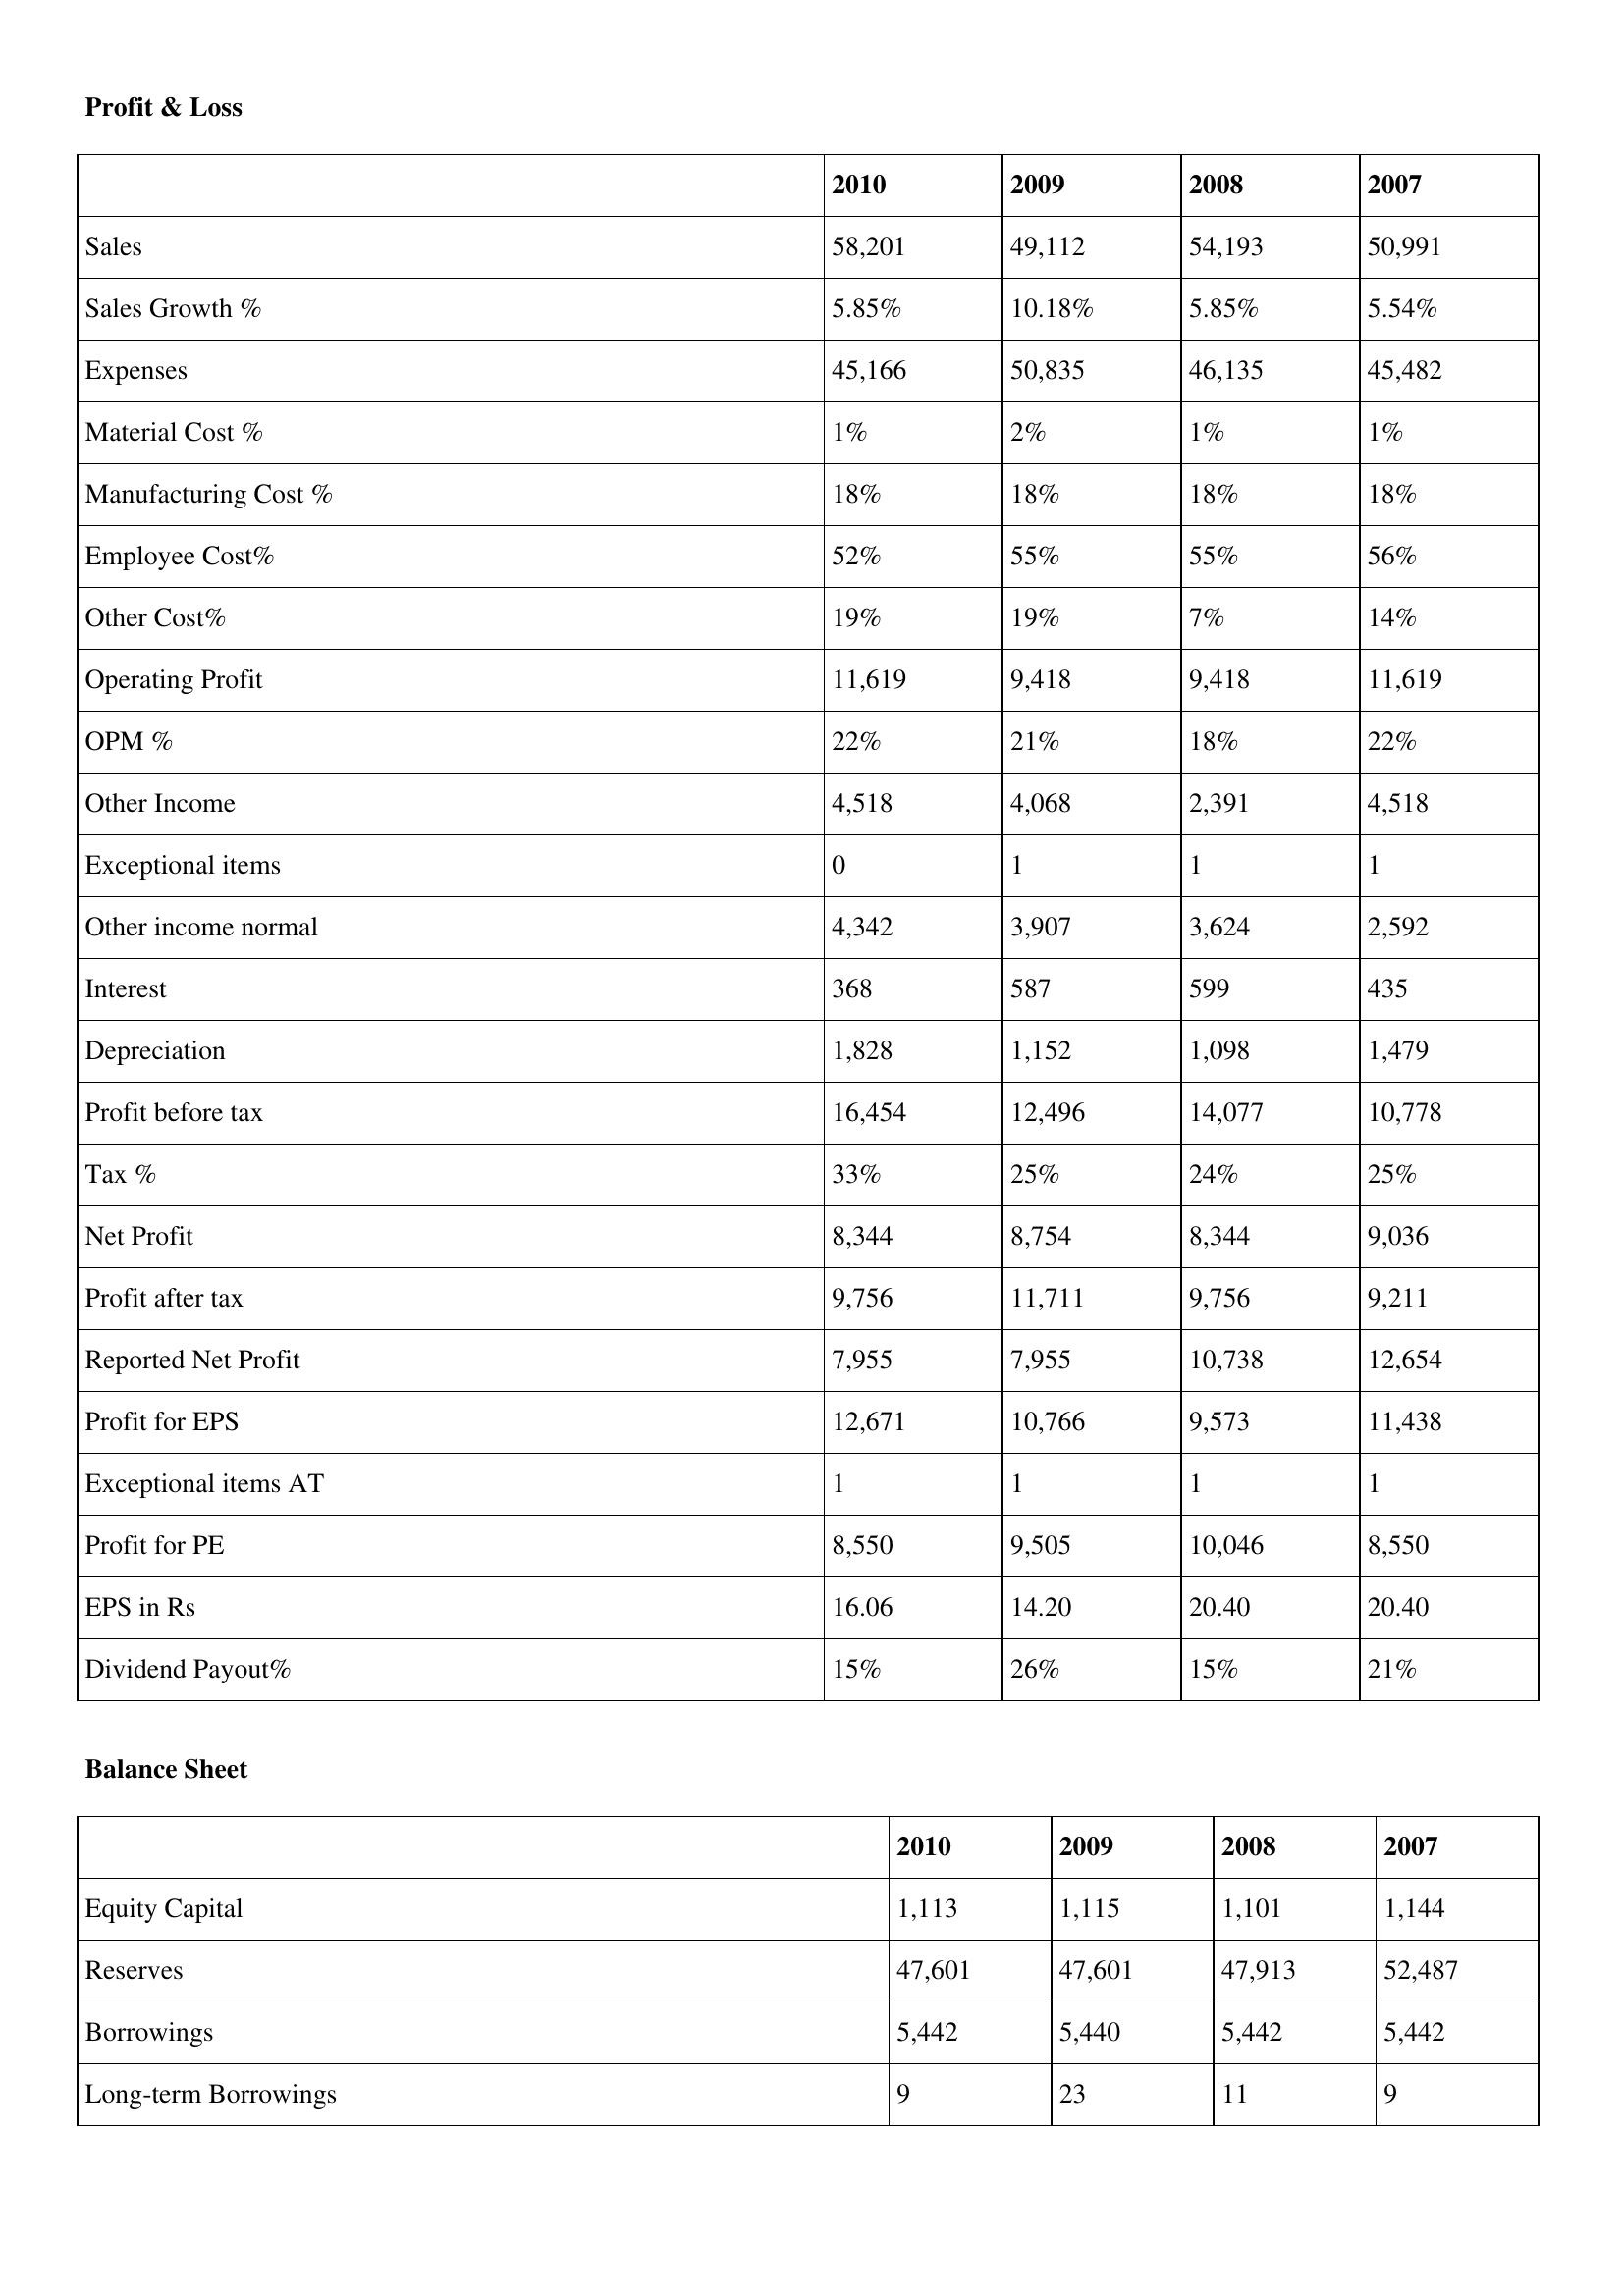
gt_parse: 2010: Profit & Loss: Sales: 58,201
Sales Growth %: 5.85%
Expenses: 45,166
Material Cost %: 1%
Manufacturing Cost %: 18%
Employee Cost%: 52%
Other Cost%: 19%
Operating Profit: 11,619
OPM %: 22%
Other Income: 4,518
Exceptional items: 0
Other income normal: 4,342
Interest: 368
Depreciation: 1,828
Profit before tax: 16,454
Tax %: 33%
Net Profit: 8,344
Profit after tax: 9,756
Reported Net Profit: 7,955
Profit for EPS: 12,671
Exceptional items AT: 1
Profit for PE: 8,550
EPS in Rs: 16.06
Dividend Payout%: 15%
Balance Sheet: Equity Capital: 1,113
Reserves: 47,601
Borrowings: 5,442
Long-term Borrowings: 9
2009: Profit & Loss: Sales: 49,112
Sales Growth %: 10.18%
Expenses: 50,835
Material Cost %: 2%
Manufacturing Cost %: 18%
Employee Cost%: 55%
Other Cost%: 19%
Operating Profit: 9,418
OPM %: 21%
Other Income: 4,068
Exceptional items: 1
Other income normal: 3,907
Interest: 587
Depreciation: 1,152
Profit before tax: 12,496
Tax %: 25%
Net Profit: 8,754
Profit after tax: 11,711
Reported Net Profit: 7,955
Profit for EPS: 10,766
Exceptional items AT: 1
Profit for PE: 9,505
EPS in Rs: 14.20
Dividend Payout%: 26%
Balance Sheet: Equity Capital: 1,115
Reserves: 47,601
Borrowings: 5,440
Long-term Borrowings: 23
2008: Profit & Loss: Sales: 54,193
Sales Growth %: 5.85%
Expenses: 46,135
Material Cost %: 1%
Manufacturing Cost %: 18%
Employee Cost%: 55%
Other Cost%: 7%
Operating Profit: 9,418
OPM %: 18%
Other Income: 2,391
Exceptional items: 1
Other income normal: 3,624
Interest: 599
Depreciation: 1,098
Profit before tax: 14,077
Tax %: 24%
Net Profit: 8,344
Profit after tax: 9,756
Reported Net Profit: 10,738
Profit for EPS: 9,573
Exceptional items AT: 1
Profit for PE: 10,046
EPS in Rs: 20.40
Dividend Payout%: 15%
Balance Sheet: Equity Capital: 1,101
Reserves: 47,913
Borrowings: 5,442
Long-term Borrowings: 11
2007: Profit & Loss: Sales: 50,991
Sales Growth %: 5.54%
Expenses: 45,482
Material Cost %: 1%
Manufacturing Cost %: 18%
Employee Cost%: 56%
Other Cost%: 14%
Operating Profit: 11,619
OPM %: 22%
Other Income: 4,518
Exceptional items: 1
Other income normal: 2,592
Interest: 435
Depreciation: 1,479
Profit before tax: 10,778
Tax %: 25%
Net Profit: 9,036
Profit after tax: 9,211
Reported Net Profit: 12,654
Profit for EPS: 11,438
Exceptional items AT: 1
Profit for PE: 8,550
EPS in Rs: 20.40
Dividend Payout%: 21%
Balance Sheet: Equity Capital: 1,144
Reserves: 52,487
Borrowings: 5,442
Long-term Borrowings: 9